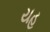
યહ